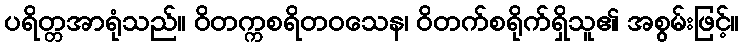
ပရိတ္တအာရုံသည်။ ဝိတက္ကစရိတဝသေန၊ ဝိတက်စရိုက်ရှိသူ၏ အစွမ်းဖြင့်။